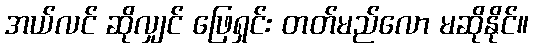
အယ်လင် ဆိုလျှင် ဖြေရှင်း တတ်မည်လော မဆိုနိုင်။